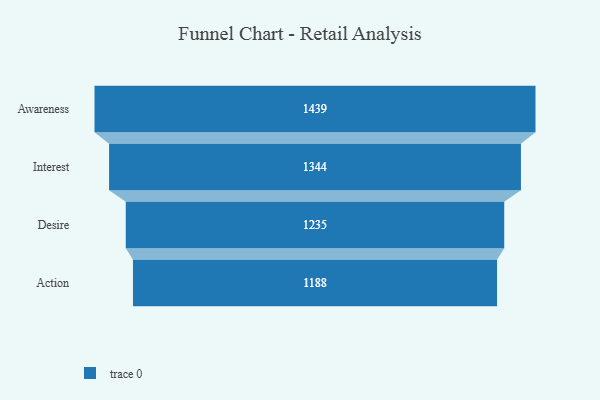
{"axis": {"x": "Stage", "y": "Value"}, "legend": [""], "data": [{"x": "Awareness", "y": 1439.0, "type": ""}, {"x": "Interest", "y": 1344.0, "type": ""}, {"x": "Desire", "y": 1235.0, "type": ""}, {"x": "Action", "y": 1188.0, "type": ""}]}